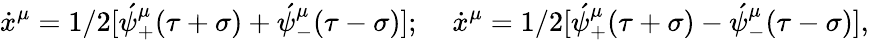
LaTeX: \dot{x}^{\mu}=1/2[\acute{\psi}_{+}^{\mu}(\tau+\sigma)+\acute{\psi}_{-}^{\mu}(\tau-\sigma)];\; \; \; \; \dot{x}^{\mu}=1/2[\acute{\psi}_{+}^{\mu}(\tau+\sigma)-\acute{\psi}_{-}^{\mu}(\tau-\sigma)],